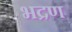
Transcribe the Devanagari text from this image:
भद्रण